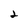
Character: 2